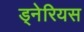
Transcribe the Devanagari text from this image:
ड्नेरियस